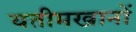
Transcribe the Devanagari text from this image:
यतीमखानों